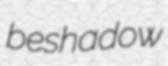
beshadow